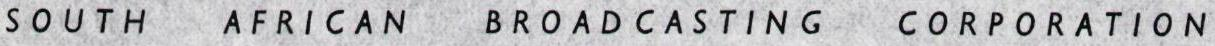
SOUTH AFRICAN BROADCASTING CORPORATION